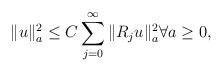
LaTeX: \begin{align*} \| u \|_a^2 \leq C \sum_{j=0}^\infty \| R_j u \|_a^2\forall a \geq 0,\end{align*}